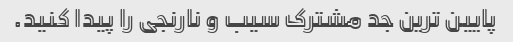
پایین ترین جد مشترک سیب و نارنجی را پیدا کنید.